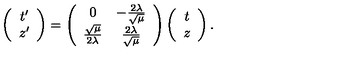
\left( \begin{array} { c } { t ^ { \prime } } \\ { z ^ { \prime } } \\ \end{array} \right) = \left( \begin{array} { c c } { 0 } & { - \frac { 2 \lambda } { \sqrt { \mu } } } \\ { \frac { \sqrt { \mu } } { 2 \lambda } } & { \frac { 2 \lambda } { \sqrt { \mu } } } \\ \end{array} \right) \left( \begin{array} { c } { t } \\ { z } \\ \end{array} \right) .